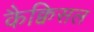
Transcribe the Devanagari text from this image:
कैक्विसल